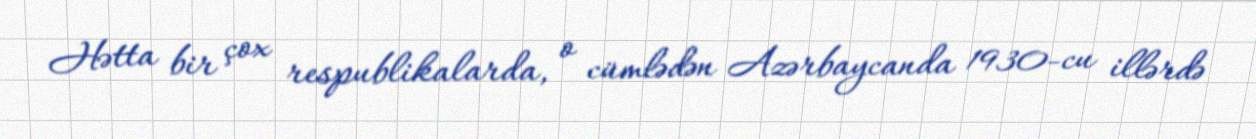
Hətta bir çox respublikalarda, o cümlədən Azərbaycanda 1930-cu illərdə